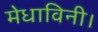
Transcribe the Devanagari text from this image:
मेधाविनी।